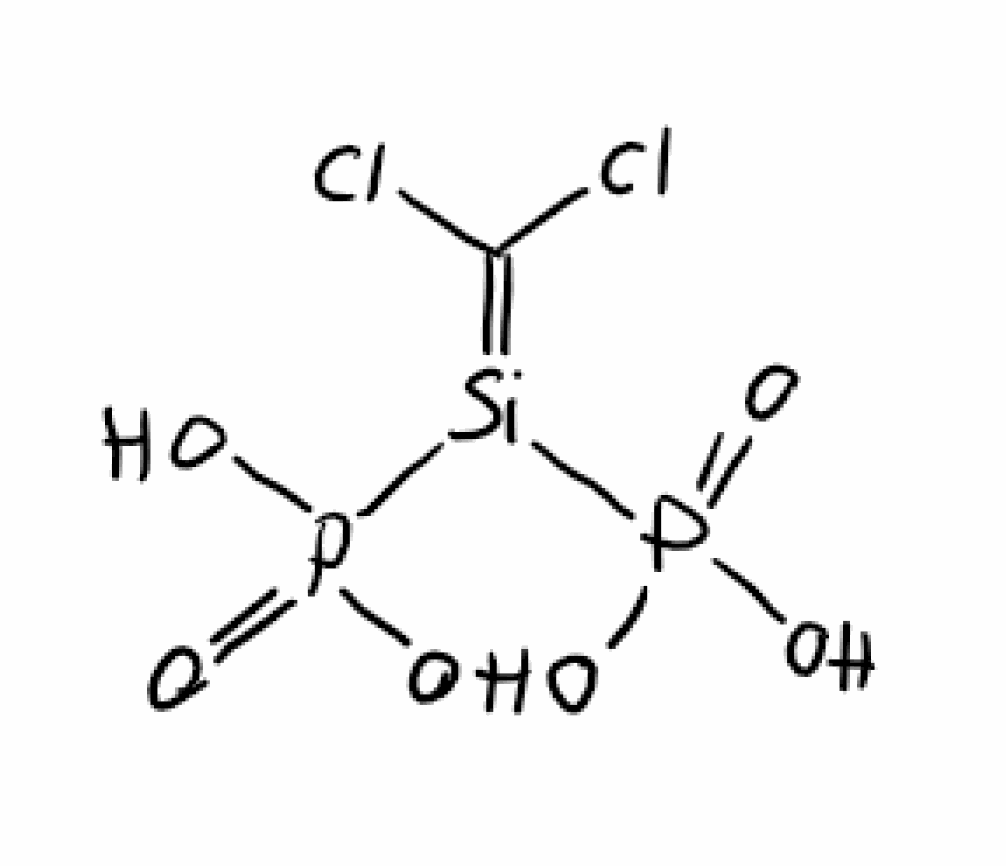
Simplified molecular-input line-entry system (SMILES) notation of the given molecule:
C(=[Si](P(=O)(O)O)P(=O)(O)O)(Cl)Cl